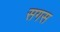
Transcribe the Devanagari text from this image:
सगस